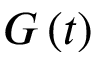
G \left( t \right)